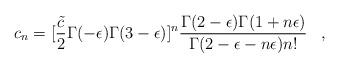
LaTeX: \begin{align*}c_n=[{\tilde c\over2}\Gamma(-\epsilon)\Gamma(3-\epsilon)]^n\frac{\Gamma(2-\epsilon)\Gamma(1+n\epsilon)}{\Gamma(2-\epsilon-n\epsilon)n!}\;\;\;,\end{align*}